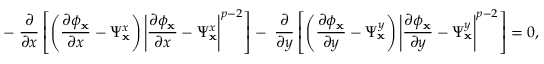
- \; \frac { \partial } { \partial x } \left[ \left( \frac { \partial \phi _ { \mathbf { x } } } { \partial x } - \Psi _ { \mathbf { x } } ^ { x } \right) \left\lvert \frac { \partial \phi _ { \mathbf { x } } } { \partial x } - \Psi _ { \mathbf { x } } ^ { x } \right\rvert ^ { p - 2 } \right] - \; \frac { \partial } { \partial y } \left[ \left( \frac { \partial \phi _ { \mathbf { x } } } { \partial y } - \Psi _ { \mathbf { x } } ^ { y } \right) \left\lvert \frac { \partial \phi _ { \mathbf { x } } } { \partial y } - \Psi _ { \mathbf { x } } ^ { y } \right\rvert ^ { p - 2 } \right] = 0 ,